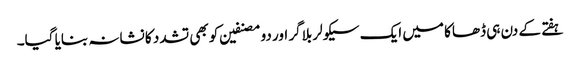
ہفتے کے دن ہی ڈھاکا میں ایک سیکولر بلاگر اور دو مصنفین کو بھی تشدد کا نشانہ بنایا گیا۔